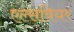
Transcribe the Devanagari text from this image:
एल्सवियर